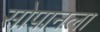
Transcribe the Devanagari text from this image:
सोपानला